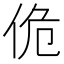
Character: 佹